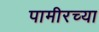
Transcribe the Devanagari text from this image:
पामीरच्या